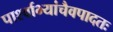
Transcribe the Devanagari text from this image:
पार्श्वाभ्यांचैवपादतः